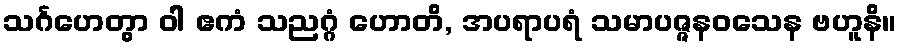
သင်္ဂဟေတွာ ဝါ ဧကံ သညဂ္ဂံ ဟောတိ, အပရာပရံ သမာပဇ္ဇနဝသေန ဗဟူနိ။